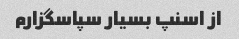
از اسنپ بسیار سپاسگزارم